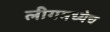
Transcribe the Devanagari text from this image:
लीगमध्येच